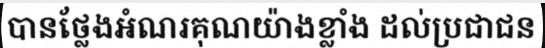
បានថ្លែងអំណរគុណយ៉ាងខ្លាំង ដល់ប្រជាជន